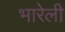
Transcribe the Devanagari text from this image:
भारेली